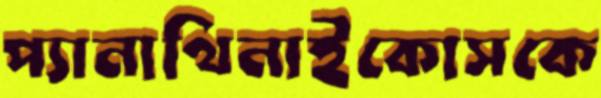
প্যানাথিনাইকোসকে